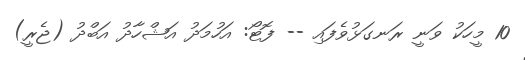
10 މީހަކު ވަނީ ރަނގަޅުވެފައި -- ފޮޓޯ: އަހުމަދު އަޝްހާދު އަބްދު (ޖެރީ)